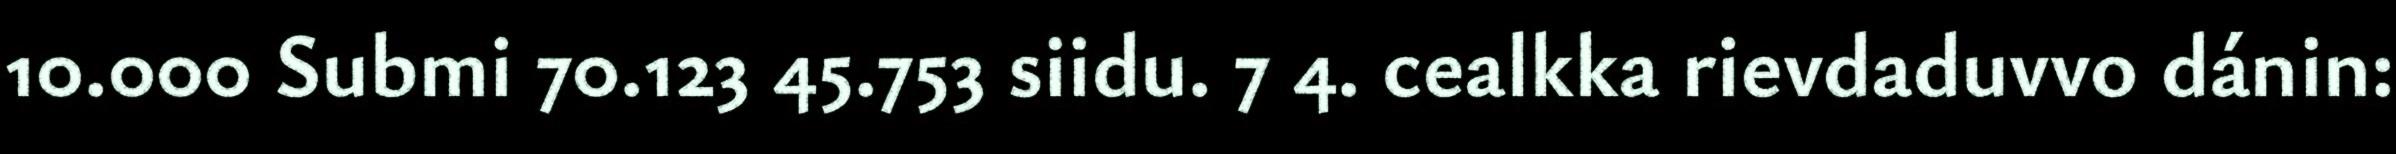
10.000 Submi 70.123 45.753 siidu. 7 4. cealkka rievdaduvvo dánin: